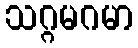
သဂ္ဂမဂမာ